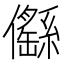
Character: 㒡